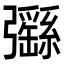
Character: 𢑄